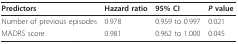
<table><thead><tr><td><b>Predictors</b></td><td><b>Hazard ratio</b></td><td><b>95% CI</b></td><td><b><i>P </i>value</b></td></tr></thead><tbody><tr><td>Number of previous episodes</td><td>0.978</td><td>0.959 to 0.997</td><td>0.021</td></tr><tr><td>MADRS score</td><td>0.981</td><td>0.962 to 1.000</td><td>0.045</td></tr></tbody></table>